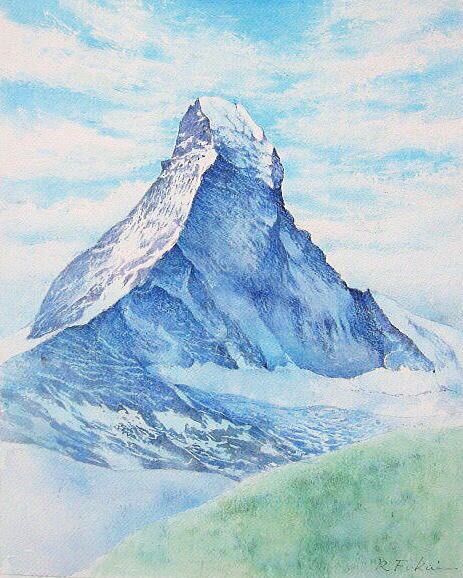
飞絮飞花何处是，层冰积雪摧残，疏疏一树五更寒。